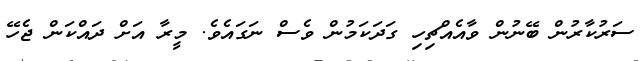
ސަރުކާރުން ބޭނުން ވާއެއްޗިހި ގަދަކަމުން ވެސް ނަގައެވެ. މީރާ އަށް ދަައްކަން ޖެހޭ